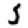
Digit: 5